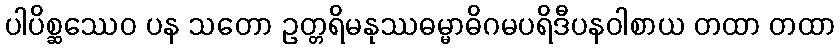
ပါပိစ္ဆဿေဝ ပန သတော ဥတ္တရိမနုဿဓမ္မာဓိဂမပရိဒီပနဝါစာယ တထာ တထာ